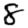
Digit: 8